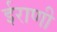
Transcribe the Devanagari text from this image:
ईराणी